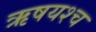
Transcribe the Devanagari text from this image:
ऋषयश्च